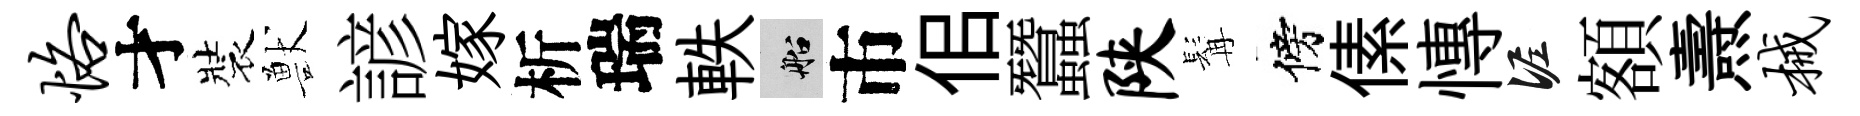
恪才裝獸諺嫁析瑞軼船市佀蠶陕髯傍傃慱泥額燾械